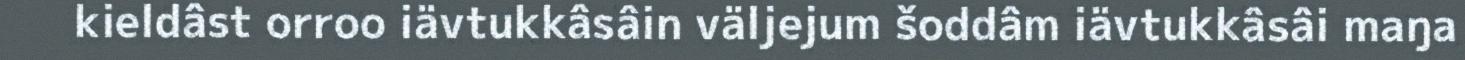
kieldâst orroo iävtukkâsâin väljejum šoddâm iävtukkâsâi maŋa